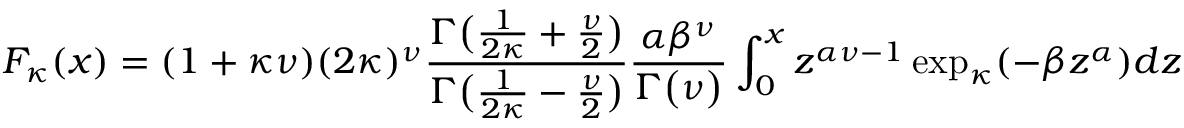
F _ { \kappa } ( x ) = ( 1 + \kappa \nu ) ( 2 \kappa ) ^ { \nu } { \frac { \Gamma { \big ( } { \frac { 1 } { 2 \kappa } } + { \frac { \nu } { 2 } } { \big ) } } { \Gamma { \big ( } { \frac { 1 } { 2 \kappa } } - { \frac { \nu } { 2 } } { \big ) } } } { \frac { \alpha \beta ^ { \nu } } { \Gamma { \big ( } \nu { \big ) } } } \int _ { 0 } ^ { x } z ^ { \alpha \nu - 1 } \exp _ { \kappa } ( - \beta z ^ { \alpha } ) d z